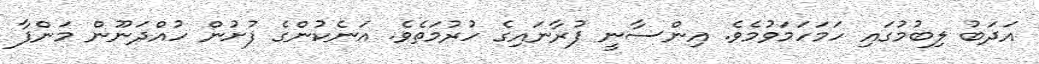
އަދަބު ލިބުމުގައި ހަމަހަމަވުމެވެ. އިންސާނީ ފުރާނައިގެ ހުރުމަތެވެ. އަނެކުންގެ ފުށުން ހުއްދަނޫން މަންފާ